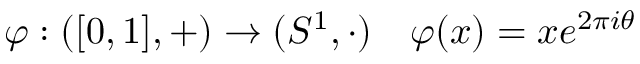
\varphi : ( [ 0 , 1 ] , + ) \to ( S ^ { 1 } , \cdot ) \quad \varphi ( x ) = x e ^ { 2 \pi i \theta }